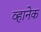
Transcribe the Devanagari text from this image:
व्हानेक